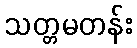
သတ္တမတန်း